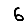
Digit: 6